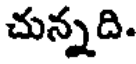
చున్నది.